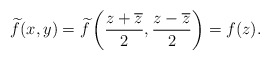
\begin{align*} \widetilde{f}(x,y) = \widetilde{f} \left( \frac{z+\overline{z}}{2}, \frac{z-\overline{z}}{2} \right) = f(z).\end{align*}